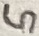
Text: 5